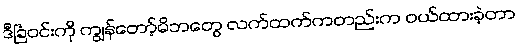
ဒီခြံဝင်းကို ကျွန်တော့်မိဘတွေ လက်ထက်ကတည်းက ဝယ်ထားခဲ့တာ